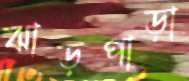
ঝাড়পাড়া